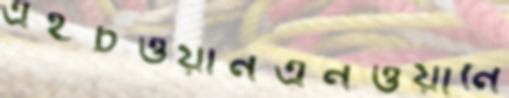
এইচওয়ানএনওয়ানে